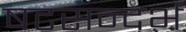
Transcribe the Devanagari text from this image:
षटसन्दर्भ